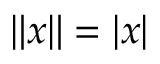
\left\| x \right\| = \left| x \right|